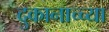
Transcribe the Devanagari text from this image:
दुकानाच्च्या